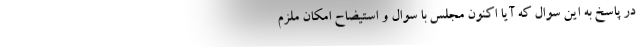
در پاسخ به این سوال که آیا اکنون مجلس با سوال و استیضاح امکان ملزم